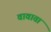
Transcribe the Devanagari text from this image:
वावाता